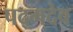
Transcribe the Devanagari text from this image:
पद्मदेव